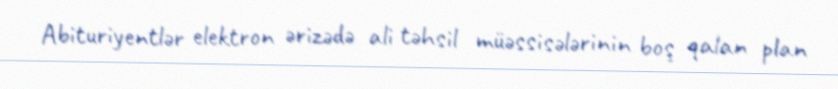
Abituriyentlər elektron ərizədə ali təhsil müəssisələrinin boş qalan plan